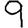
Digit: 9